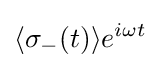
\langle \sigma _{-}(t)\rangle e^{i\omega t}